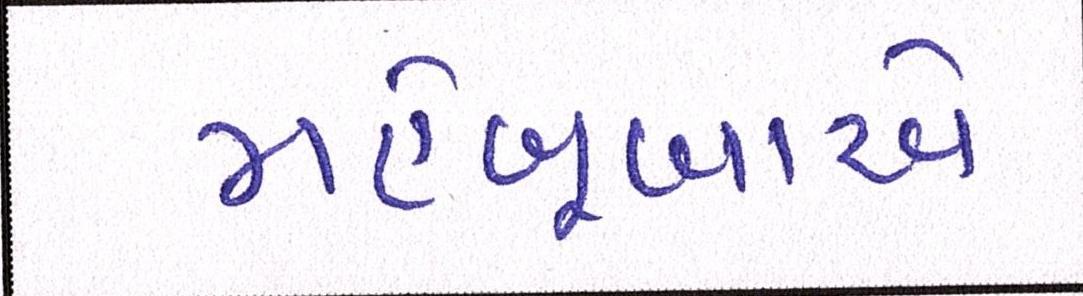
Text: મહેબૂબાએ